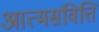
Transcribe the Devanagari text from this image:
आत्मसंवित्ति